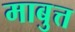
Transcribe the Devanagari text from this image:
माबुत्त